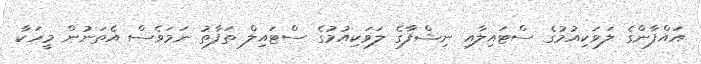
އައްފާންގެ ލަވަކިއުމުގެ ސްޓައިލާއި ނިޝްފާގެ ލަވަކިއުމުގެ ސްޓައިލް ތަފާތު ނަމަވެސް އެތަނުން މީހަކާ